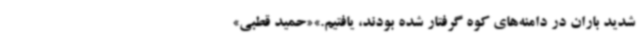
شدید باران در دامنه‌های کوه گرفتار شده بودند، یافتیم.»«حمید قطبی»